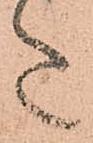
た